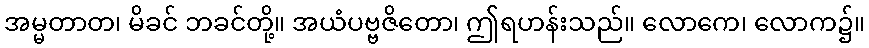
အမ္မတာတ၊ မိခင် ဘခင်တို့။ အယံပဗ္ဗဇိတော၊ ဤရဟန်းသည်။ လောကေ၊ လောက၌။